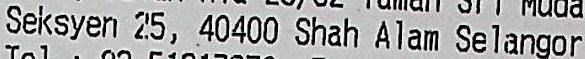
SEKSYEN 25, 40400 SHAH ALAM SELANGOR